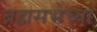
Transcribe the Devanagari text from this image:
ब्रह्मसभेच्या